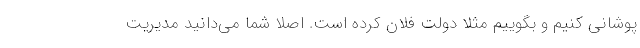
پوشانی کنیم و بگوییم مثلا دولت فلان کرده است. اصلا شما می‌دانید مدیریت